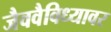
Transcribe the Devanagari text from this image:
जैववैविध्यावर